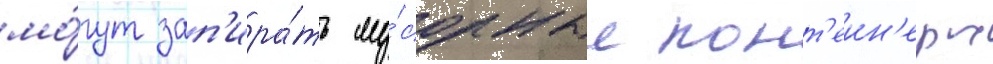
мо́гут зап'ира́ть му́сорные конт'еин'еры